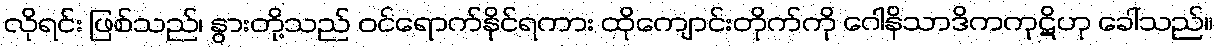
လိုရင်း ဖြစ်သည်၊ နွားတို့သည် ဝင်ရောက်နိုင်ရကား ထိုကျောင်းတိုက်ကို ဂေါနိသာဒိကကုဋိဟု ခေါ်သည်။